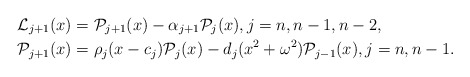
\begin{align*}\mathcal{L}_{j+1}(x)&=\mathcal{P}_{j+1}(x)-\alpha_{j+1}\mathcal{P}_{j}(x), j=n,n-1,n-2, \\\mathcal{P}_{j+1}(x) &= \rho_j(x-c_j)\mathcal{P}_j(x)-d_j (x^2+\omega^2)\mathcal{P}_{j-1}(x), j=n,n-1. \end{align*}